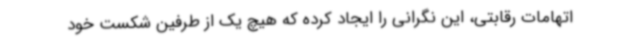
اتهامات رقابتی، این نگرانی را ایجاد کرده که هیچ یک از طرفین شکست خود